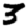
Digit: 3